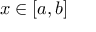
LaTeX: x \in [ a , b ]